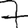
Digit: 7